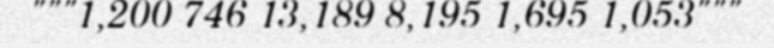
"""1,200 746 13,189 8,195 1,695 1,053"""